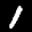
Label: 1